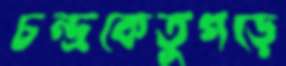
চন্দ্রকেতুগড়ে